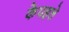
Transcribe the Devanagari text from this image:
केपहले